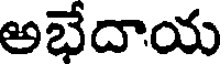
అభేదాయ